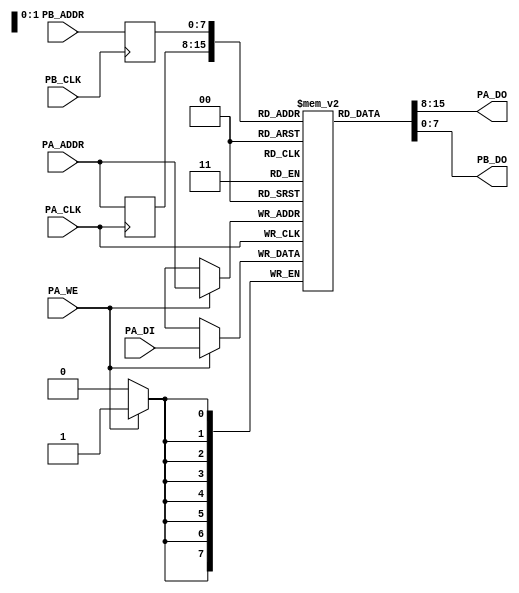
////////////////////////////////////////////////////////////////////////////////
// Company: 		Jabil Circuit, Inc.
//
// Module Name:    DP_RAM_2R_1W
//
// Description:
//		Dual port RAM module.
//
// Revision:
// 1.00 - 3/30/2006		Wade Jameson    - Initial Release
// 
// 0.01 - 03/30/2006	Wade Jameson    - File Created
// 
////////////////////////////////////////////////////////////////////////////////
`timescale 1ps / 1ps

module DP_RAM_2R_1W(
	PA_DI,
	PA_DO,
	PA_ADDR,
	PA_WE,
	PA_CLK,
	PB_DO,
	PB_ADDR,
	PB_CLK
);

	/**************************************************************************/
	/** Parameters **/
	parameter DATA_WIDTH = 8;
	parameter ADDR_WIDTH = 8;

	/**************************************************************************/
	/** Pin Definitions **/
	input [DATA_WIDTH-1:0] PA_DI;
	output [DATA_WIDTH-1:0] PA_DO;
	input [ADDR_WIDTH-1:0] PA_ADDR;
	input PA_WE;
	input PA_CLK;
	output [DATA_WIDTH-1:0] PB_DO;
	input [ADDR_WIDTH-1:0] PB_ADDR;
	input PB_CLK;
	
	/**************************************************************************/
	/** RAM Block **/
	reg [DATA_WIDTH-1:0] ram[(2**ADDR_WIDTH)-1:0];

        reg [ADDR_WIDTH-1:0] PA_RADDR;
        reg [ADDR_WIDTH-1:0] PB_RADDR;

	always@(posedge PA_CLK) begin
		if(PA_WE)
			ram[PA_ADDR] <= PA_DI;
	        PA_RADDR <= PA_ADDR;
	end

        assign PA_DO = ram[PA_RADDR];

	always@(posedge PB_CLK) begin
	        PB_RADDR <= PB_ADDR;
	end

        assign PB_DO = ram[PB_RADDR];

	/**************************************************************************/
	/** Initialization - for simulation only **/
//	initial begin
//		PA_DO = 0;
//		PB_DO = 0;
//	end

endmodule